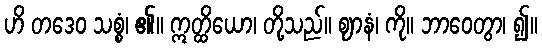
ဟိ တဒေဝ သစ္စံ၊ ၏။ ဣတ္ထိယော၊ တို့သည်။ ဈာနံ၊ ကို။ ဘာဝေတွာ၊ ၍။